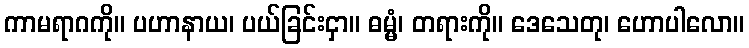
ကာမရာဂကို။ ပဟာနာယ၊ ပယ်ခြင်းငှာ။ ဓမ္မံ၊ တရားကို။ ဒေသေတု၊ ဟောပါလော။